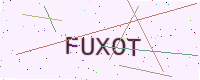
Text: FUXOT